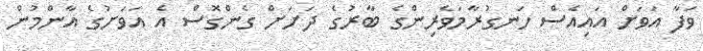
ވަފާ އަވަށް އައިއެސް ހަނގުރާމަވެރިންގެ ބާރުގެ ދަށަށް ގެންގޮސް އެ އަވަށުގެ އާންމުން